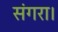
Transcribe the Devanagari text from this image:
संगरा।